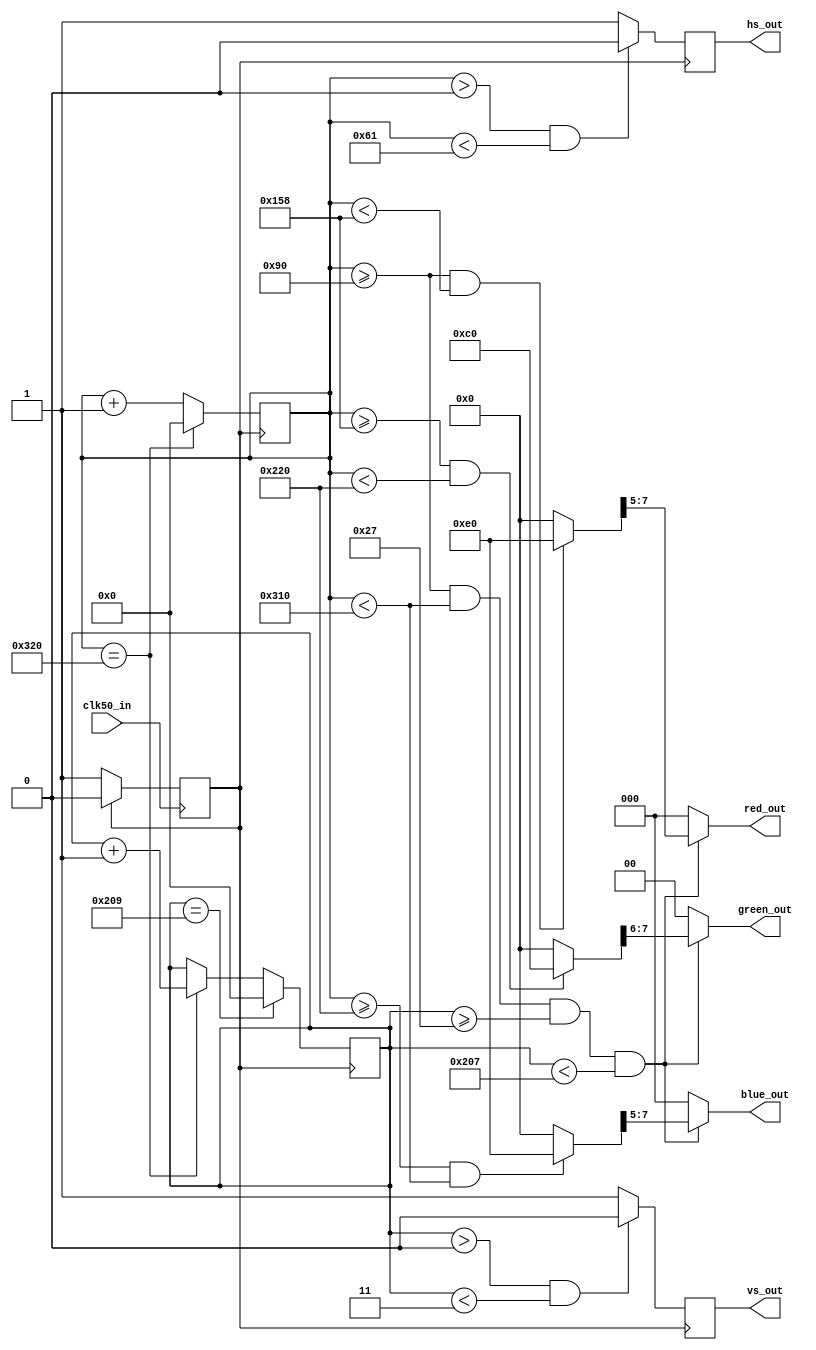
module vgaram(
input clk50_in,
output reg hs_out,
output reg vs_out,
output wire [2:0] red_out,
output wire [1:0] green_out,
output wire [2:0] blue_out

);

reg clk25;
reg [9:0] horizontal_counter;
reg [9:0] vertical_counter;

reg [9:0] X;
reg [9:0] Y;

wire [7:0] red;
wire [7:0] green;
wire [7:0] blue;

assign red_out[2:0] = ((horizontal_counter >= 144) 
					&& (horizontal_counter < 784) 
					&& (vertical_counter >=39)
					&& (vertical_counter < 519)) ? red[7:5] : 3'b000; 
						
assign green_out[1:0] = ((horizontal_counter >= 144) 
					&& (horizontal_counter < 784) 
					&& (vertical_counter >=39)
					&& (vertical_counter < 519)) ? green[7:6] : 2'b00; 
					
assign blue_out[2:0] = ((horizontal_counter >= 144) 
					&& (horizontal_counter < 784) 
					&& (vertical_counter >=39)
					&& (vertical_counter < 519)) ? blue[7:5] : 3'b000; 
					
assign red =   ((horizontal_counter >= 144)&&(horizontal_counter < 344) ) ? 8'b11100000 : 8'b00000000;
assign green = ((horizontal_counter >= 344)&&(horizontal_counter < 544) ) ? 8'b11000000 : 8'b00000000;
assign blue =  ((horizontal_counter >= 544)&&(horizontal_counter < 784) ) ? 8'b11100000 : 8'b00000000;

always @(posedge clk50_in)
begin

 if (clk25 == 0)
 begin
      clk25 <= 1;
 end   
	 
	 else
	begin
	 clk25 <= 0;
    end

end


always @(posedge clk25)
begin
	
		if ((horizontal_counter > 0) && (horizontal_counter < 97))// -- 96+1
		begin	
			hs_out <= 0;
		end
		else
		begin
			hs_out <= 1;
		end 
		
		
		if ((vertical_counter > 0 ) && (vertical_counter < 3 )) //-- 2+1
		begin	
			vs_out <= 0;
		end		
		else
		begin
			vs_out <= 1;
		end
		
		horizontal_counter <= horizontal_counter+1;
    
		if (horizontal_counter == 800) 
		begin
			vertical_counter <= vertical_counter+1;
			horizontal_counter <= 0;
		end
    
		if (vertical_counter == 521)
		begin
			vertical_counter <= 0;
		end
		
end






endmodule